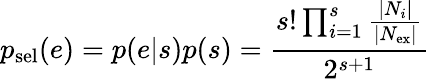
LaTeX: p_{\mathrm{sel}}(e)=p(e|s)p(s)=\frac{s!\prod_{i=1}^{s}\frac{|N_{i}|}{|N_{\mathrm{ex}}|}}{2^{s+1}}